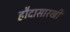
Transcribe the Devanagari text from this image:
हौदासारखी